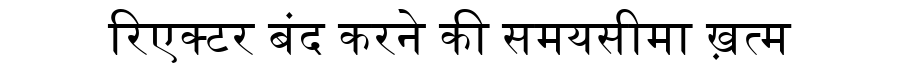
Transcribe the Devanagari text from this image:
रिएक्टर बंद करने की समयसीमा ख़त्म